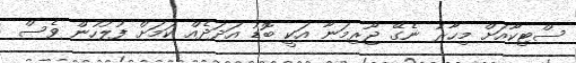
ސްޓިކާއަށް މިހާރު ނެގޭ ޖޫރިމަނާ އަކީ ބޮޑު އަދަދެއް ކަމަށް ފުލުހުން ވެސް